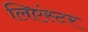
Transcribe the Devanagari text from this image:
लिएंस्टर